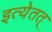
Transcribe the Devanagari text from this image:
इत्येतत्